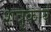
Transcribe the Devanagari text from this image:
शत्रुकार्य